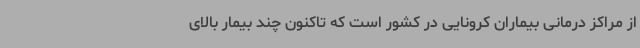
از مراکز درمانی بیماران کرونایی در کشور است که تاکنون چند بیمار بالای